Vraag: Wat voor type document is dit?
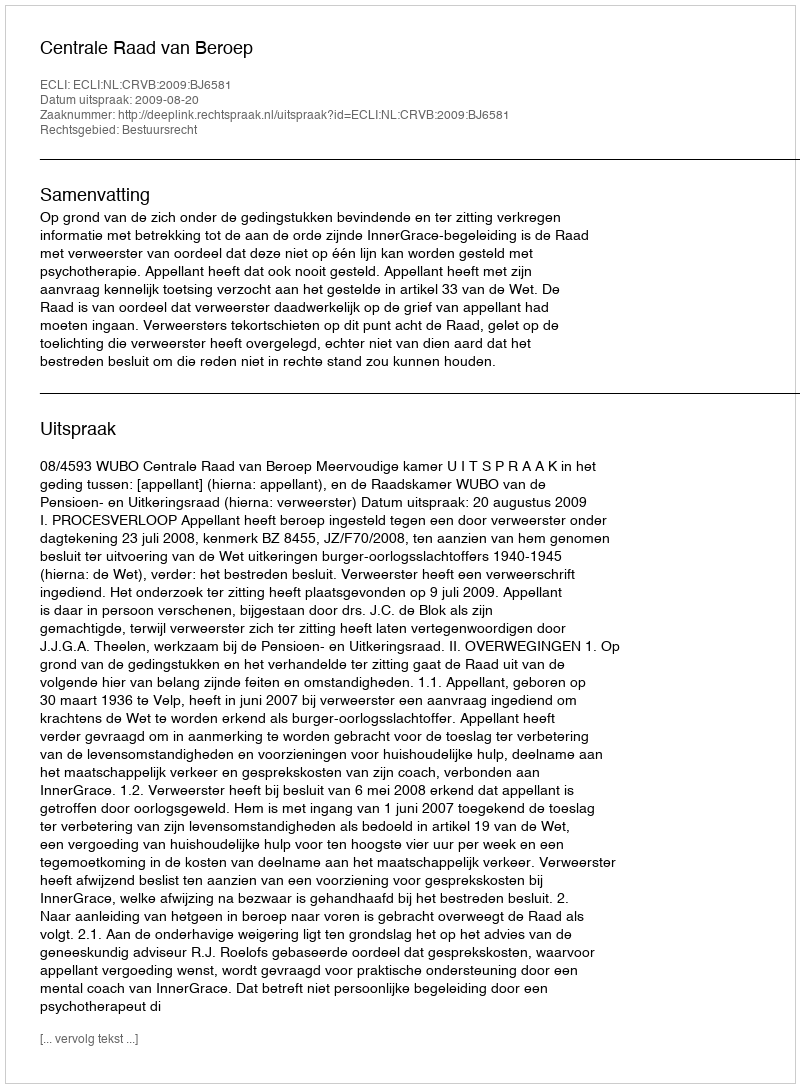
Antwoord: Uitspraak